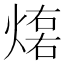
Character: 𤌕